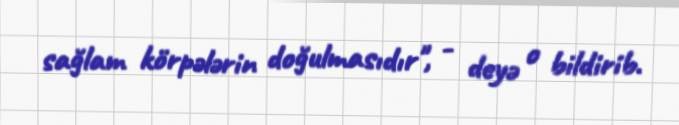
sağlam körpələrin doğulmasıdır", - deyə o bildirib.